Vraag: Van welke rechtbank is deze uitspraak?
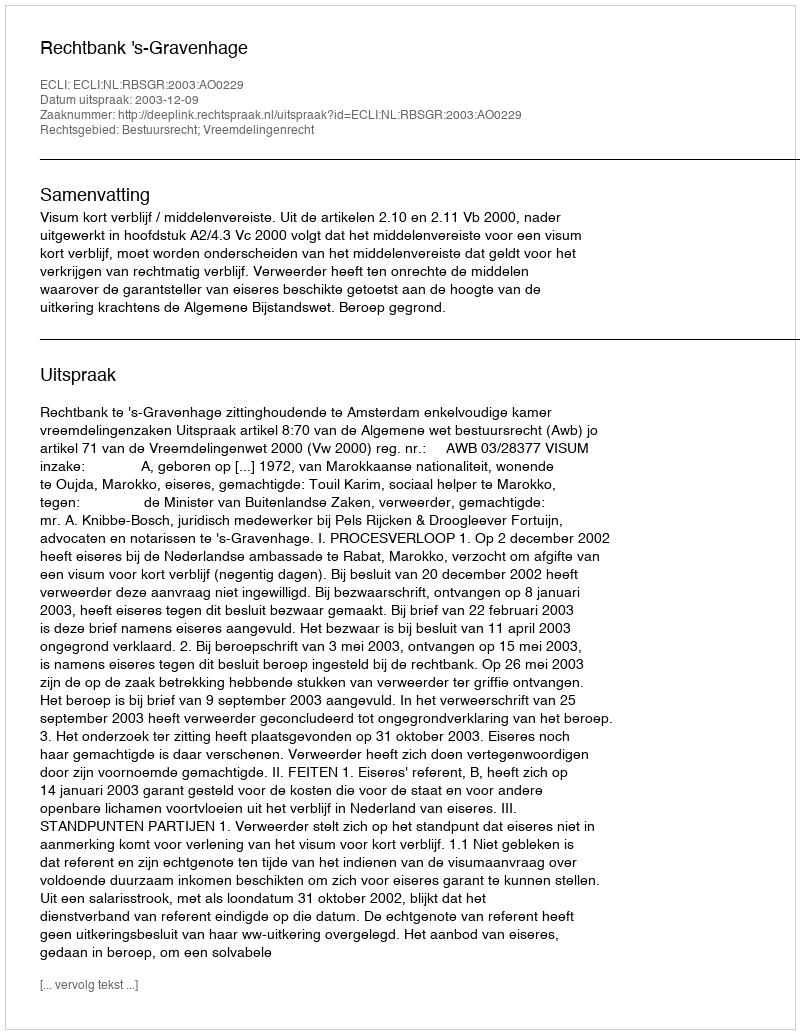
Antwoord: Rechtbank 's-Gravenhage